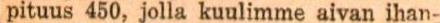
pituus 450, jolla kuulimme aivan ihan-